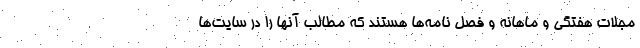
مجلات هفتگی و ماهانه و فصل نامه‌ها هستند که مطالب آنها را در سایت‌ها